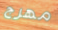
مهرج